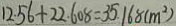
1 2 . 5 6 + 2 2 . 6 0 8 = 3 5 . 1 6 8 ( m ^ { 2 } )